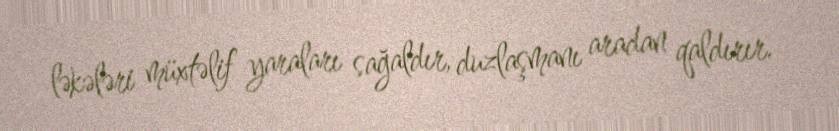
ləkələri müxtəlif yaraları sağaldır, duzlaşmanı aradan qaldırır.